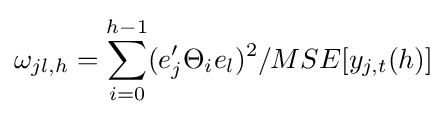
\omega _{jl,h}=\sum _{i=0}^{h-1}(e_{j}'\Theta _{i}e_{l})^{2}/MSE[y_{j,t}(h)]